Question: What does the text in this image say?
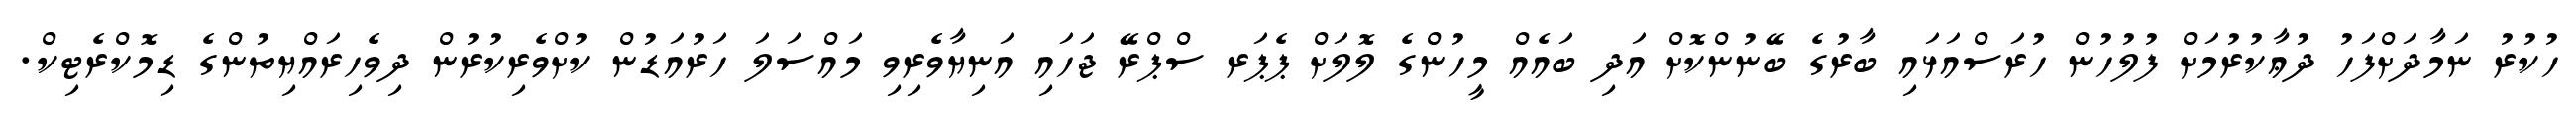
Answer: ހުކުރު ނަމާދަށްފަހު ދުޢާކުރުމަށް ފުލުހުން ހުރަސްއަޅައި ބާރުގެ ބޭނުންކޮށް އަދި ބައެއް މީހުންގެ ލޮލަށް ޕެޕަރ ސްޕްރޭ ޖަހައި އަނިޔާވެރިވި މައްސަލަ ހަރުއަޑުން ކުށްވެރިކުރުން ދިވެހިރައްޔިތުންގެ ޑިމޮކްރެޓިކް.